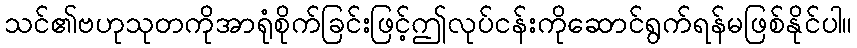
သင်၏ဗဟုသုတကိုအာရုံစိုက်ခြင်းဖြင့်ဤလုပ်ငန်းကိုဆောင်ရွက်ရန်မဖြစ်နိုင်ပါ။